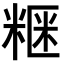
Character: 𥺫